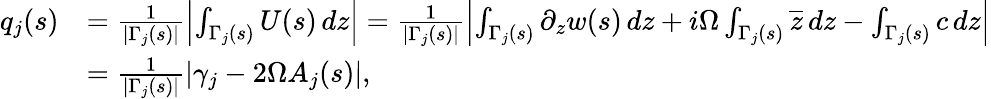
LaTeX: \begin{array}{rl}{q_{j}(s)}&{=\frac{1}{|\Gamma_{j}(s)|}\left|\int_{\Gamma_{j}(s)}U(s)\, dz\right|=\frac{1}{|\Gamma_{j}(s)|}\left|\int_{\Gamma_{j}(s)}\partial_{z}w(s)\, dz+i\Omega\int_{\Gamma_{j}(s)}\overline{{z}}\, dz-\int_{\Gamma_{j}(s)}c\, dz\right|}\\ &{=\frac{1}{|\Gamma_{j}(s)|}\left|\gamma_{j}-2\Omega A_{j}(s)\right|,}\end{array}